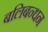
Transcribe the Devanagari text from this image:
बलिबन्धन